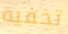
تخفيه